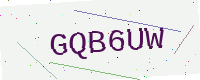
Text: GQB6UW